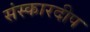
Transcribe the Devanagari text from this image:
संस्कारदीप